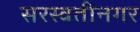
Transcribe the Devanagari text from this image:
सरस्वतीनगर